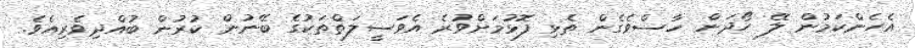
އެހެންކަމުން ލޭ ހޯދަން ހާސްވެގެން ތެޅި ފޮޅުމަށްވުރެ އެވަސީލަތްތަކުގެ ބޭނުން ކުރުން ބުއްދިވެރިއެވެ.